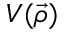
V ( \vec { \rho } )